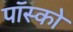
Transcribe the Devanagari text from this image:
पॉस्को